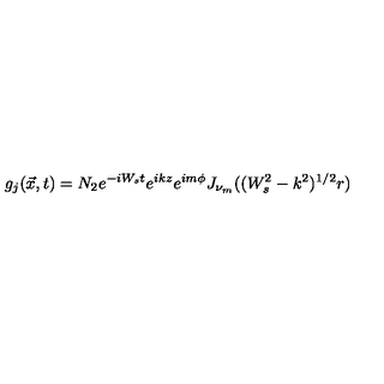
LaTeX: g _ { j } ( \vec { x } , t ) = N _ { 2 } e ^ { - i W _ { s } t } e ^ { i k z } e ^ { i m \phi } J _ { \nu _ { m } } ( ( W _ { s } ^ { 2 } - k ^ { 2 } ) ^ { 1 / 2 } r )